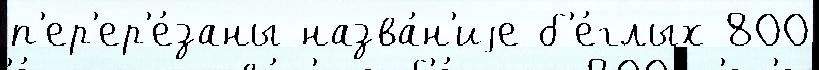
п'ер'ер'е́заны назва́н'иjе б'е́глых 800